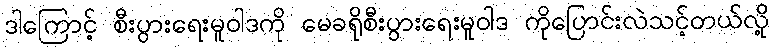
ဒါကြောင့် စီးပွားရေးမူဝါဒကို မေခရိုစီးပွားရေးမူဝါဒ ကိုပြောင်းလဲသင့်တယ်လို့